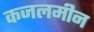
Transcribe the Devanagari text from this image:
कजलमीन